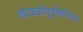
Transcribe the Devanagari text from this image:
काळजीपूर्वकरित्या